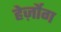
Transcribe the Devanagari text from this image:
हेर्ज़ोग